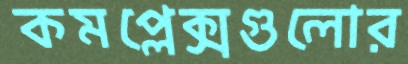
কমপ্লেক্সগুলোর